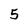
Character: 5